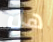
هل